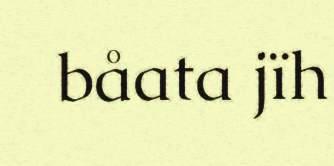
båata jïh